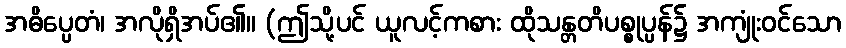
အဓိပ္ပေတံ၊ အလိုရှိအပ်၏။ (ဤသို့ပင် ယူလင့်ကစား ထိုသန္တတိပစ္စုပ္ပန်၌ အကျုံးဝင်သော